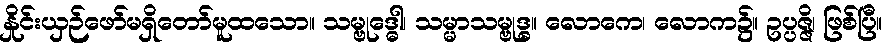
နှိုင်းယှဉ်ဖော်မရှိတော်မူထသော။ သမ္ဗုဒ္ဓေါ၊ သမ္မာသမ္ဗုဒ္ဓ။ လောကေ၊ လောက၌။ ဥပ္ပဇ္ဇိ၊ ဖြစ်ပြီ။